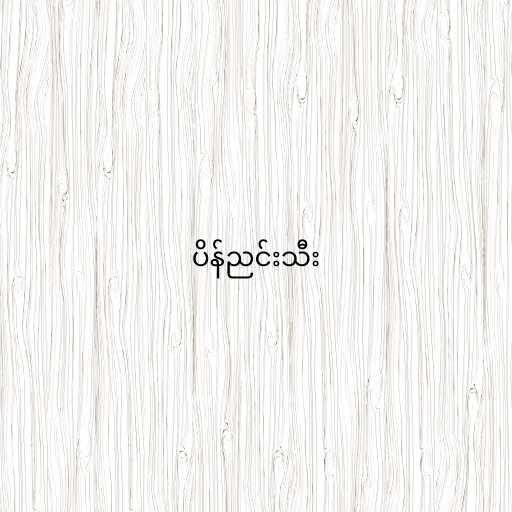
ပိန်ညင်းသီး